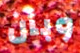
وبأن